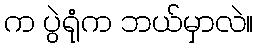
က ပွဲရုံက ဘယ်မှာလဲ။